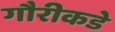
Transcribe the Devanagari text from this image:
गौरीकडे